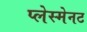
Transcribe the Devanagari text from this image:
प्लेस्मेनट